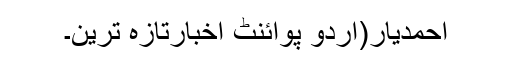
احمدیار(اُردو پوائنٹ اخبارتازہ ترین۔